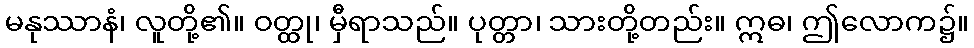
မနုဿာနံ၊ လူတို့၏။ ဝတ္ထု၊ မှီရာသည်။ ပုတ္တာ၊ သားတို့တည်း။ ဣဓ၊ ဤလောက၌။